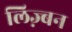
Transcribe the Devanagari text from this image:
लिज़्बन